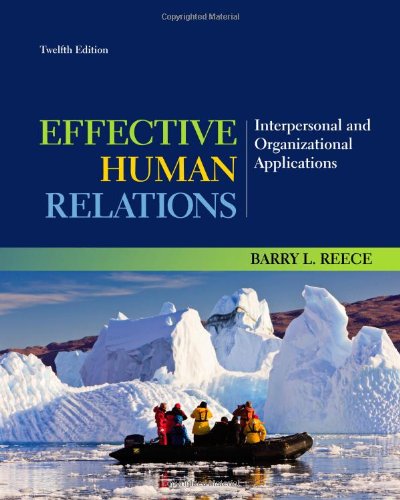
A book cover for Effective Human Relations: Interpersonal and Organizational Applications; Barry Reece; Business & Money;